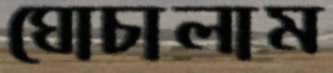
ঘোচালাম